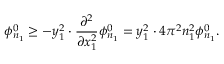
{ \bf \Delta } \phi _ { n _ { 1 } } ^ { 0 } \geq - y _ { 1 } ^ { 2 } \cdot \frac { \partial ^ { 2 } } { \partial x _ { 1 } ^ { 2 } } \phi _ { n _ { 1 } } ^ { 0 } = y _ { 1 } ^ { 2 } \cdot 4 \pi ^ { 2 } n _ { 1 } ^ { 2 } \phi _ { n _ { 1 } } ^ { 0 } .